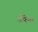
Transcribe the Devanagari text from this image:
उफिंगर